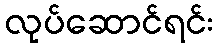
လုပ်ဆောင်ရင်း